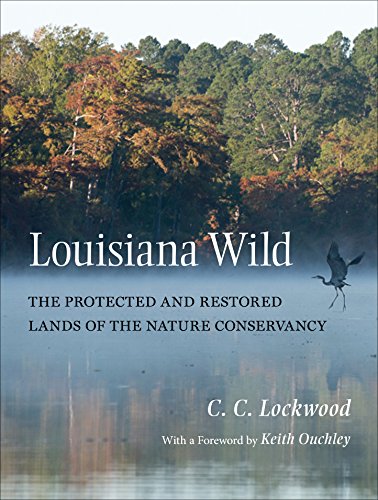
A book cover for Louisiana Wild: The Protected and Restored Lands of the Nature Conservancy; C. C. Lockwood; Arts & Photography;